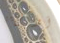
أوبراين